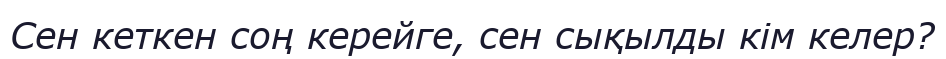
Сен кеткен соң керейге, сен сықылды кім келер?